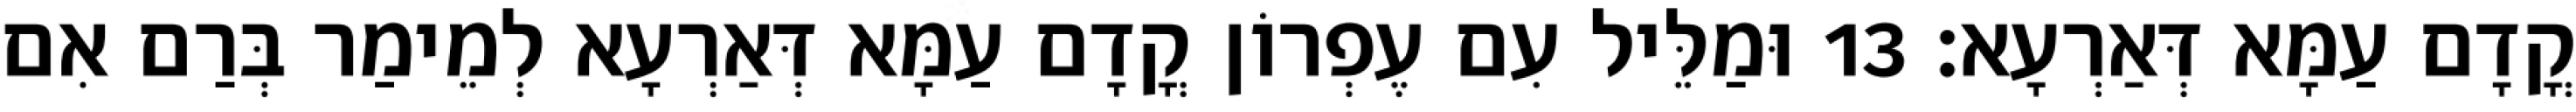
קֳדָם עַמָּא דְּאַרְעָא׃ 13 וּמַלֵּיל עִם עֶפְרוֹן קֳדָם עַמָּא דְּאַרְעָא לְמֵימַר בְּרַם אִם